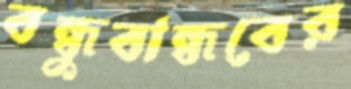
বন্ধুবান্ধবের